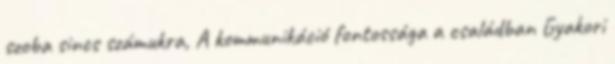
szoba sincs számukra, A kommunikáció fontossága a családban Gyakori